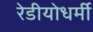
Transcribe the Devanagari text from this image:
रेडीयोधर्मी